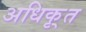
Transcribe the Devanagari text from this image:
अधिकृ्त